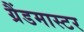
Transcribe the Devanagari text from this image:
ग्रैंडमास्‍टर